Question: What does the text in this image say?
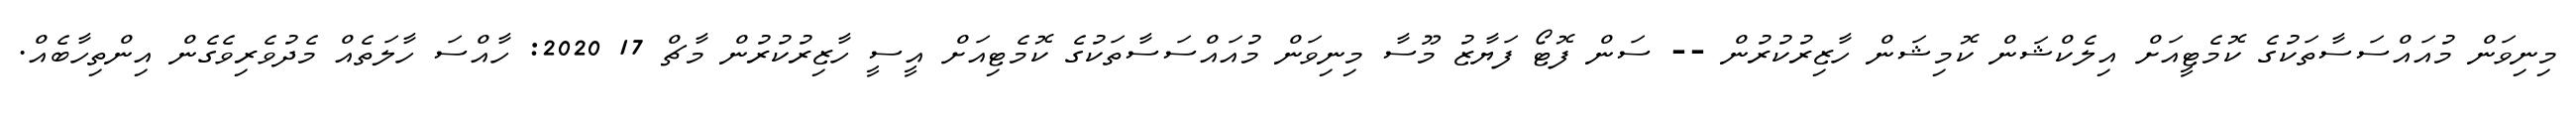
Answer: މިނިވަން މުއައްސަސާތަކުގެ ކޮމެޓީއަށް އިލެކްޝަން ކޮމިޝަން ހާޒިރުކުރުން -- ސަން ފޮޓޯ ފަޔާޒު މޫސާ މިނިވަން މުއައްސަސާތަކުގެ ކޮމެޓިއަށް އީސީ ހާޒިރުކުރުން މާޗް 17 2020: ހާއްސަ ހާލަތެއް މެދުވެރިވެގެން އިންތިހާބެއް.